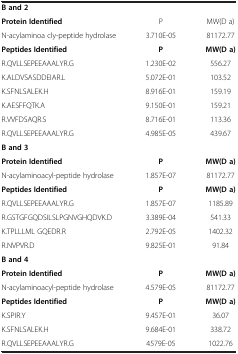
<table><thead><tr><td colspan="3"><b> </b></td></tr></thead><tbody><tr><td colspan="3"><b>B and 2</b></td></tr><tr><td><b>Protein Identified</b></td><td>P</td><td>MW(D a)</td></tr><tr><td>N-acylaminoa cly-peptide hydrolase</td><td>3.710E-05</td><td>81172.77</td></tr><tr><td><b>Peptides Identified</b></td><td><b>P</b></td><td><b>MW(D a)</b></td></tr><tr><td>R.QVLLSEPEEAAALYR.G</td><td>1.230E-02</td><td>556.27</td></tr><tr><td>K.ALDVSASDDEIAR.L</td><td>5.072E-01</td><td>103.52</td></tr><tr><td>K.SFNLSALEK.H</td><td>8.916E-01</td><td>159.19</td></tr><tr><td>K.AESFFQTK.A</td><td>9.150E-01</td><td>159.21</td></tr><tr><td>R.VVFDSAQR.S</td><td>8.716E-01</td><td>113.36</td></tr><tr><td>R.QVLLSEPEEAAALYR.G</td><td>4.985E-05</td><td>439.67</td></tr><tr><td colspan="3"><b>B and 3</b></td></tr><tr><td><b>Protein Identified</b></td><td><b>P</b></td><td><b>MW(D a)</b></td></tr><tr><td>N-acylaminoacyl-peptide hydrolase</td><td>1.857E-07</td><td>81172.77</td></tr><tr><td><b>Peptides Identified</b></td><td><b>P</b></td><td><b>MW(D a)</b></td></tr><tr><td>R.QVLLSEPEEAAALYR.G</td><td>1.857E-07</td><td>1185.89</td></tr><tr><td>R.GSTGFGQDSILSLPGNVGHQDVK.D</td><td>3.389E-04</td><td>541.33</td></tr><tr><td>K.TPLLLML GQEDR.R</td><td>2.792E-05</td><td>1402.32</td></tr><tr><td>R.NVPVR.D</td><td>9.825E-01</td><td>91.84</td></tr><tr><td colspan="3"><b>B and 4</b></td></tr><tr><td><b>Protein Identified</b></td><td><b>P</b></td><td><b>MW(D a)</b></td></tr><tr><td>N-acylaminoacyl-peptide hydrolase</td><td>4.579E-05</td><td>81172.77</td></tr><tr><td><b>Peptides Identified</b></td><td><b>P</b></td><td><b>MW(D a)</b></td></tr><tr><td>K.SPIR.Y</td><td>9.457E-01</td><td>36.07</td></tr><tr><td>K.SFNLSALEK.H</td><td>9.684E-01</td><td>338.72</td></tr><tr><td>R.QVLLSEPEEAAALYR.G</td><td>4579E-05</td><td>1022.76</td></tr></tbody></table>